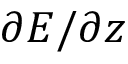
\partial E / \partial z